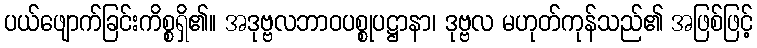
ပယ်ဖျောက်ခြင်းကိစ္စရှိ၏။ အဒုဗ္ဗလဘာဝပစ္စုပဋ္ဌာနာ၊ ဒုဗ္ဗလ မဟုတ်ကုန်သည်၏ အဖြစ်ဖြင့်